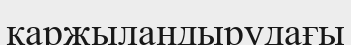
қаржыландырудағы